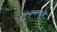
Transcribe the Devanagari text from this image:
अभावापायी